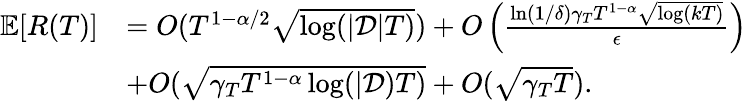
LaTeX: \begin{array}{rl}{\mathbb{E}[R(T)]}&{=O(T^{1-\alpha/2}\sqrt{\log(|\mathcal{D}|T)})+O\left(\frac{\ln(1/\delta)\gamma_{T}T^{1-\alpha}\sqrt{\log(kT)}}{\epsilon}\right)}\\ &{+O(\sqrt{\gamma_{T}T^{1-\alpha}\log(|\mathcal{D})T)}+O(\sqrt{\gamma_{T}T}).}\end{array}